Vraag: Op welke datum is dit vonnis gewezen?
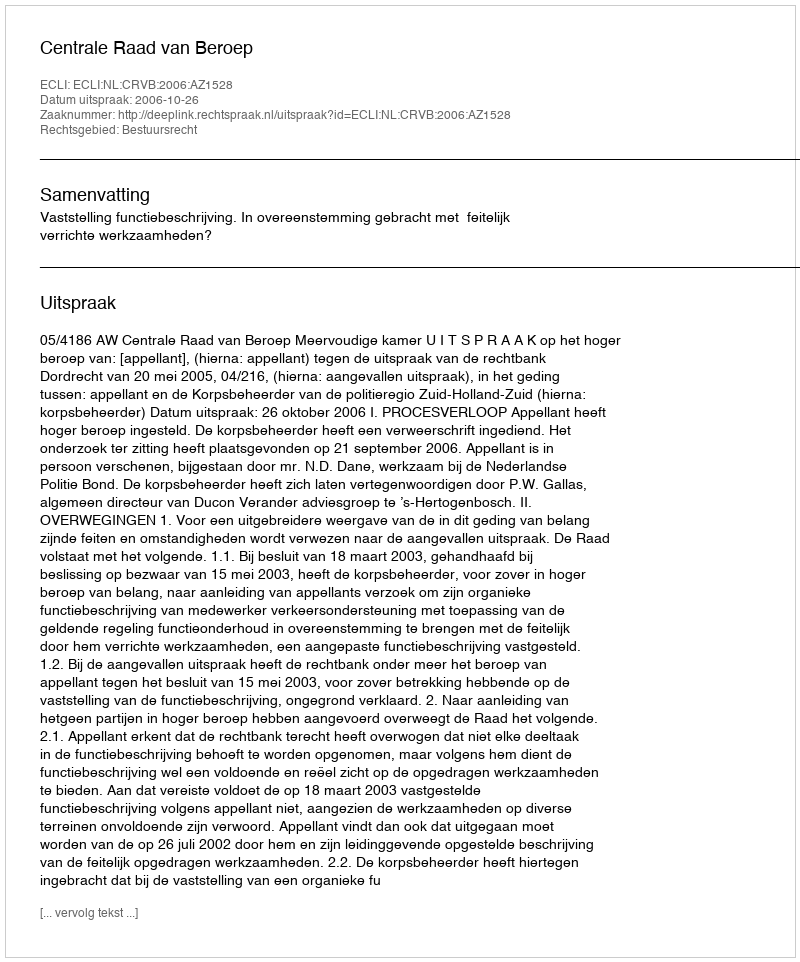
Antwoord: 2006-10-26